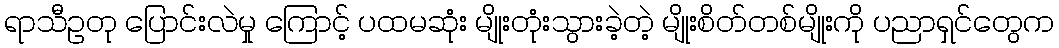
ရာသီဥတု ပြောင်းလဲမှု ကြောင့် ပထမဆုံး မျိုးတုံးသွားခဲ့တဲ့ မျိုးစိတ်တစ်မျိုးကို ပညာရှင်တွေက